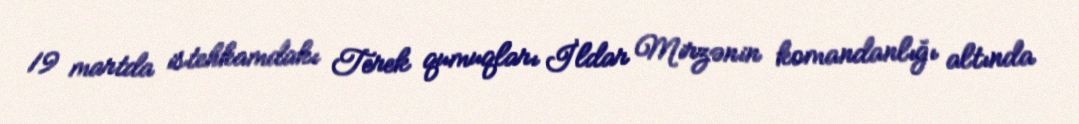
19 martda istehkamdakı Terek qumuqları İldar Mirzənin komandanlığı altında